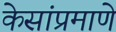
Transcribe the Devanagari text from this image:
केसांप्रमाणे